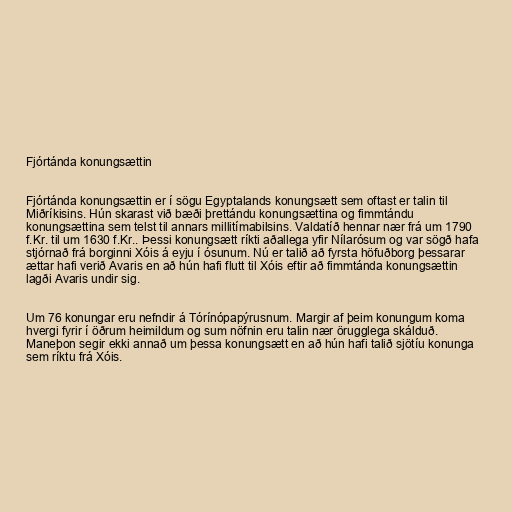
Fjórtánda konungsættin

Fjórtánda konungsættin er í sögu Egyptalands konungsætt sem oftast er talin til
Miðríkisins. Hún skarast við bæði þrettándu konungsættina og fimmtándu
konungsættina sem telst til annars millitímabilsins. Valdatíð hennar nær frá um 1790
f.Kr. til um 1630 f.Kr.. Þessi konungsætt ríkti aðallega yfir Nílarósum og var sögð hafa
stjórnað frá borginni Xóis á eyju í ósunum. Nú er talið að fyrsta höfuðborg þessarar
ættar hafi verið Avaris en að hún hafi flutt til Xóis eftir að fimmtánda konungsættin
lagði Avaris undir sig.

Um 76 konungar eru nefndir á Tórínópapýrusnum. Margir af þeim konungum koma
hvergi fyrir í öðrum heimildum og sum nöfnin eru talin nær örugglega skálduð.
Maneþon segir ekki annað um þessa konungsætt en að hún hafi talið sjötíu konunga
sem ríktu frá Xóis.